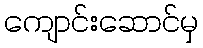
ကျောင်းဆောင်မှ